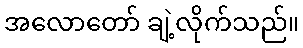
အလောတော် ချဲ့လိုက်သည်။